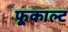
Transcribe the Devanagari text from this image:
फूकाल्ट